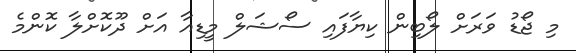
މި ޖޯޑު ވަރަށް ލޯބިން ކިޔާފައި ސޯޝަލް މީޑިއާ އަށް ދޫކޮށްލާ ކޮންމެ